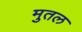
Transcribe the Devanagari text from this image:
मुतल